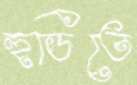
হুডিতে